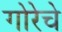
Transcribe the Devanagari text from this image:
गोरेचे